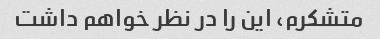
متشکرم، این را در نظر خواهم داشت